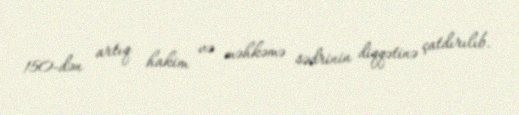
150-dən artıq hakim və məhkəmə sədrinin diqqətinə çatdırılıb.